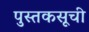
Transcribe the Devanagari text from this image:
पुस्तकसूची